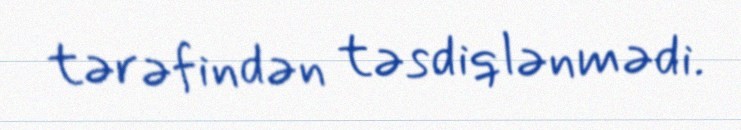
tərəfindən təsdiqlənmədi.